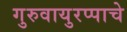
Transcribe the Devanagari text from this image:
गुरुवायुरप्पाचे